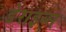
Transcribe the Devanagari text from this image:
डेराइव्स